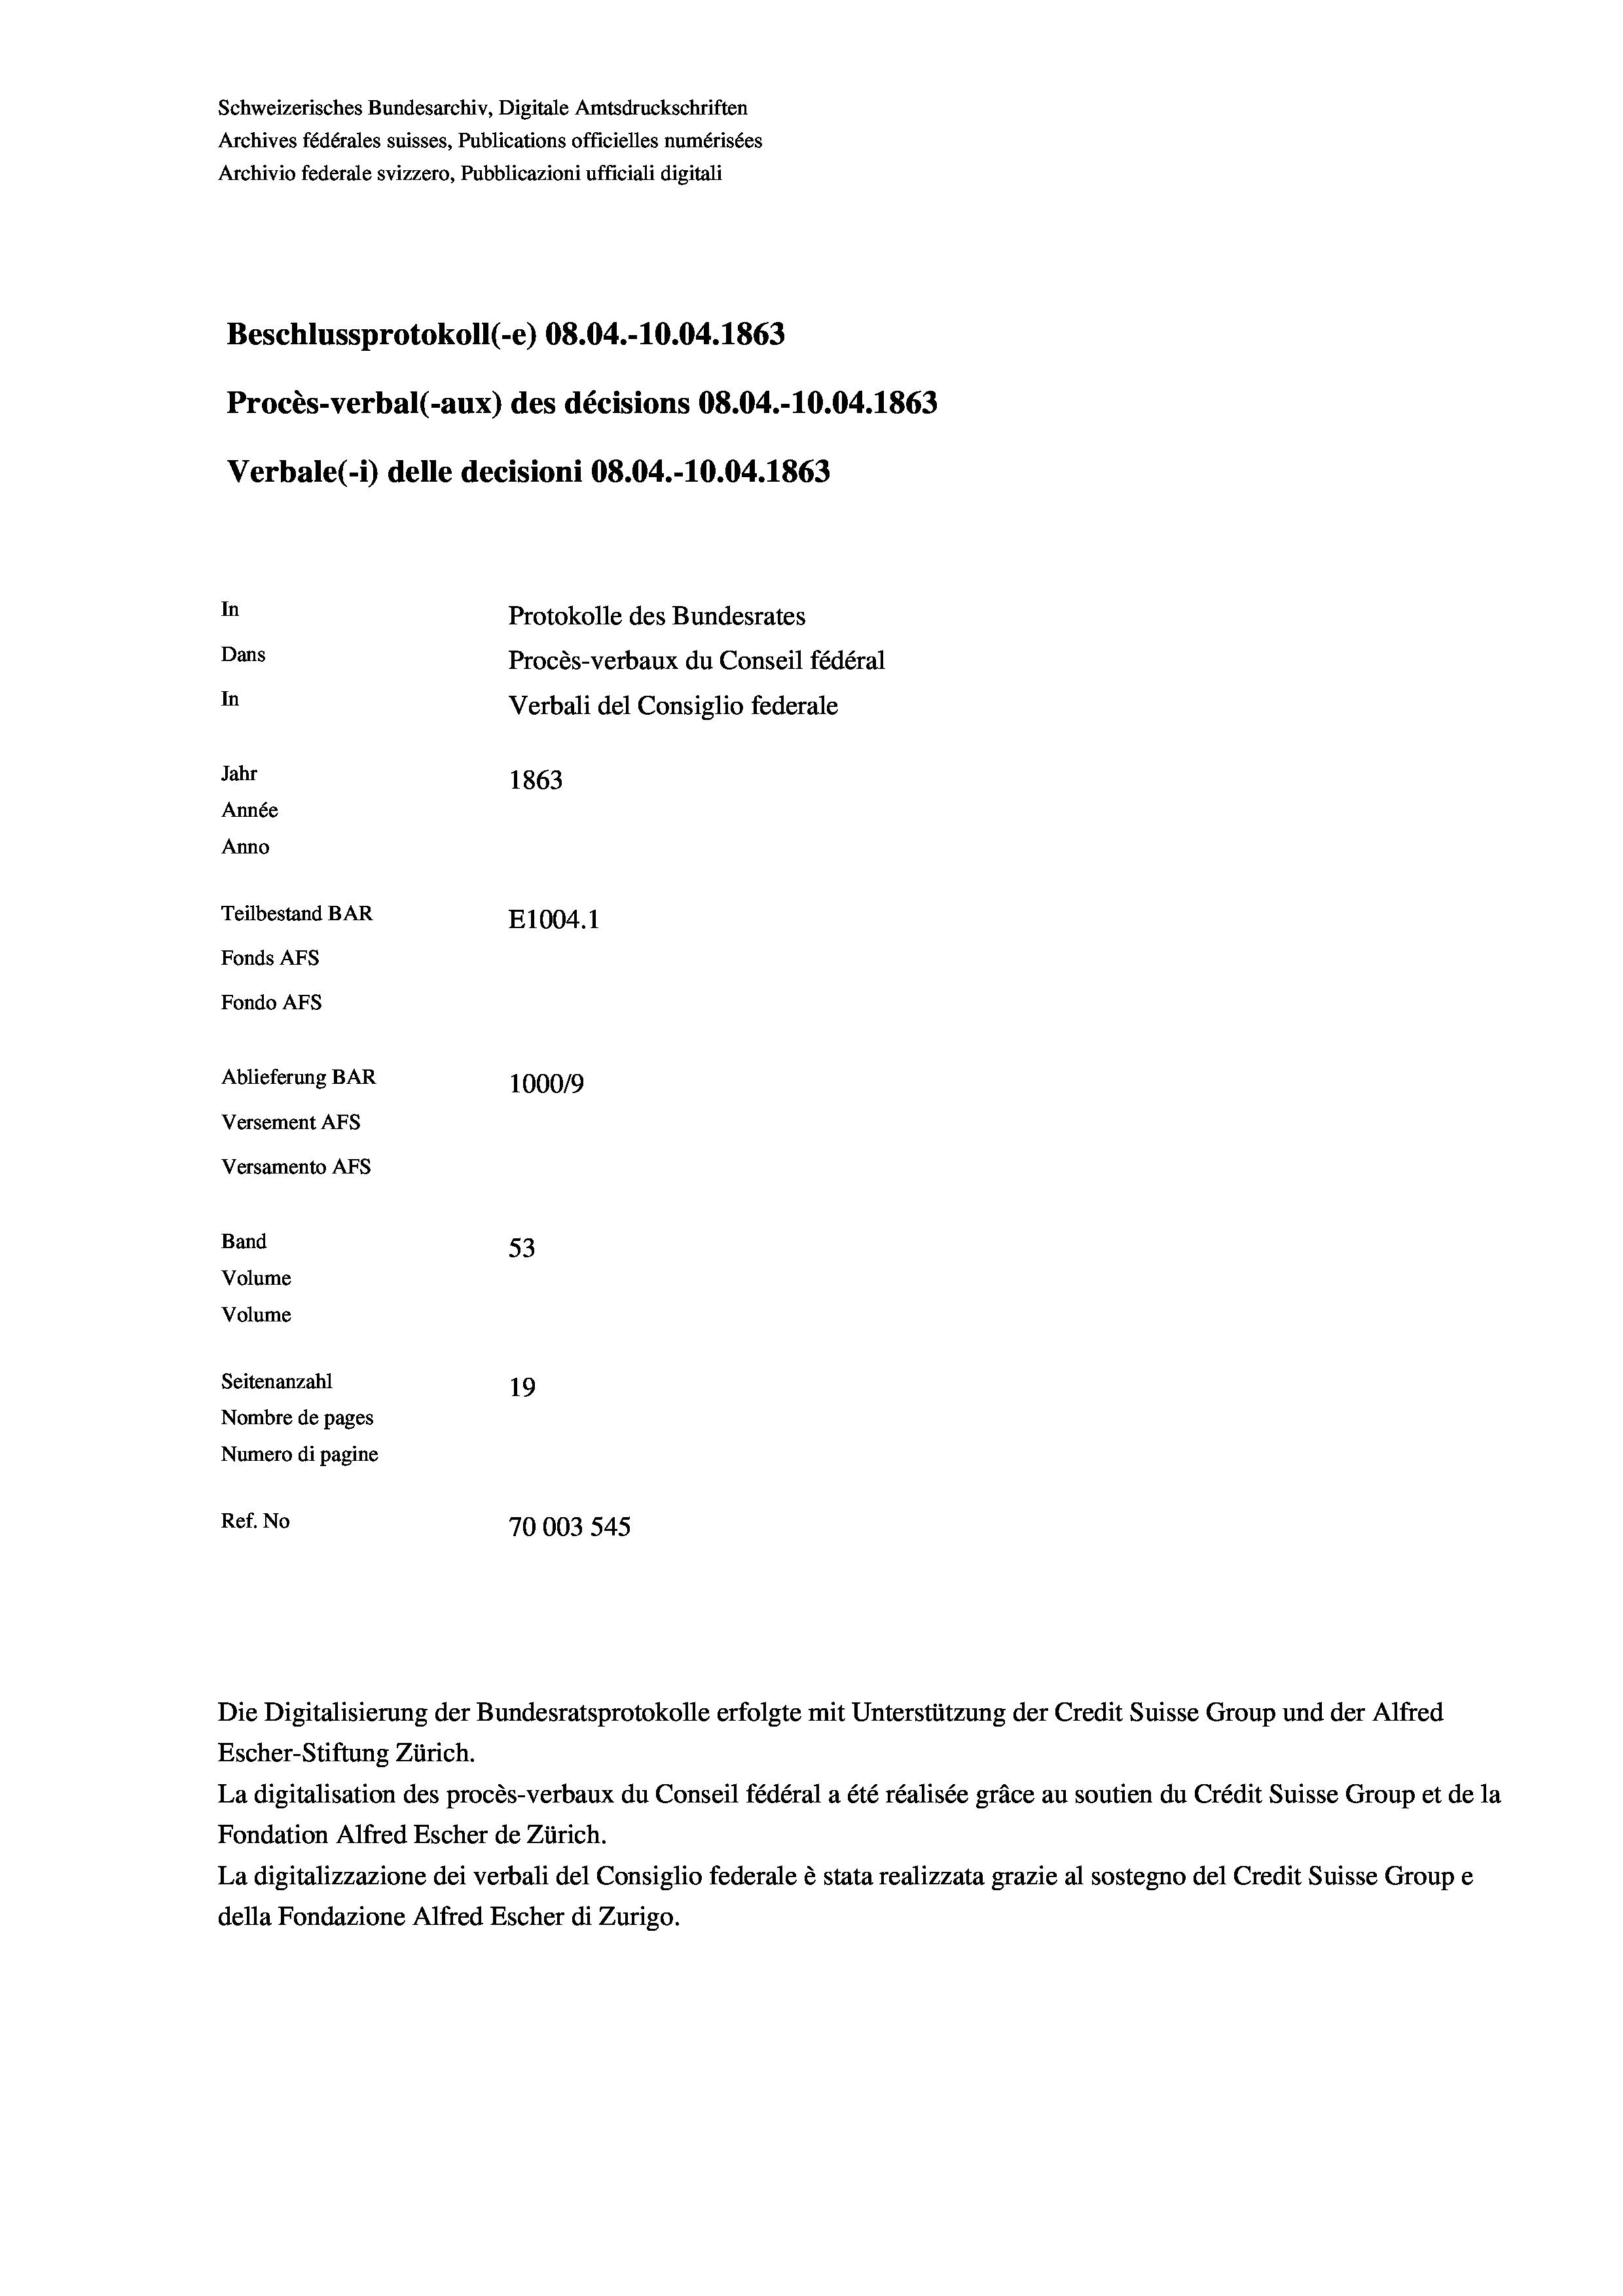
Schweizerisches Bundesarchiv, Digitale Amtsdruckschriften
Archives fédérales suisses, Publications officielles numérisées
Archivio federale svizzero, Pubblicazioni ufficiali digitali
Beschlussprotokoll (-e) 08.04.-10.04. 1863
Procès-verbal (-aux) des décisions 08.04.-10.04. 1863
Verbale (i) delle decisioni 08.04.-10.04. 1863
In
Protokolle des Bundesrates
Dans
Procès-verbaux du Conseil fédéral
In
Verbali del Consiglio federale
Jahr
1863
Année
Anno
Teilbestand BAR
E1004. 1
Fonds AFs
Fondo AFS
Ablieferung BAR
100019
Versement AFs
Versamento Afs
Band
53
Volume
Volume
Seitenanzahl
19
Nombre de pages
Numero di pagine
Ref. No
70003 545

Die Digitalisierung der Bundesratsprotokolle erfolgte mit Unterstützung der Credit Suisse Group und der Alfred

Escher-Stiftung Zürich.
La digitalisation des procès-verbaux du Conseil fédéral a été réalisée gräce au soutien du Crédit Suisse Group et de la
Fondation Alfred Escher de Zürich.
La digitalizzazione dei verbali del Consiglio federale è stata realizzata grazie al sostegno del Credit Suisse Groupe
della Fondazione Alfred Escher di Zurigo.